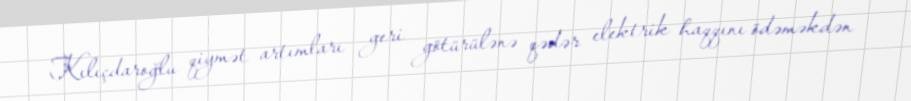
Kılıçdaroğlu qiymət artımları geri götürülənə qədər elektrik haqqını ödəməkdən